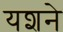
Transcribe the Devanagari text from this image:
यशने